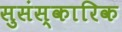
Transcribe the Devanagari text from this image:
सुसंस्कारिक